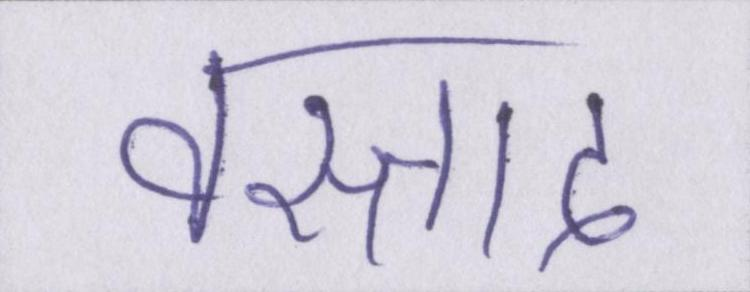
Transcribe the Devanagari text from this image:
वस्ताद